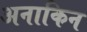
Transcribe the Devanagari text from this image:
अनाकिन